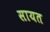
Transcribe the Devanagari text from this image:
सायत